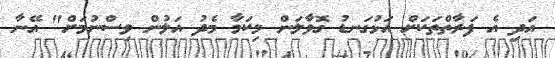
އަދި އެ ފަރާތްތަކަށް އަޅުގަނޑު ގޮވާލަން މިކަމާ މެދު އަލުން ވިސްނުމަށް" އޭނާ